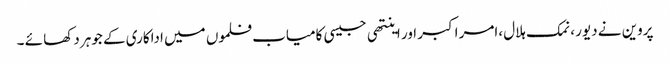
پروین نے دیور ،نمک ہلال ،امر اکبر اور اینتھی جیسی کامیاب فلموں میں اداکاری کے جوہر دکھا ئے ۔